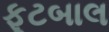
ફૂટબાલ